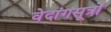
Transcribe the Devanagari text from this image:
वेदांगसूत्रों